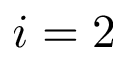
i = 2